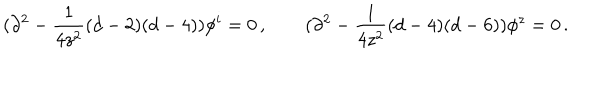
( \partial ^ { 2 } - \frac { 1 } { 4 z ^ { 2 } } ( d - 2 ) ( d - 4 ) ) \phi ^ { i } = 0 \, , \qquad ( \partial ^ { 2 } - \frac { 1 } { 4 z ^ { 2 } } ( d - 4 ) ( d - 6 ) ) \phi ^ { z } = 0 \, .